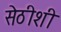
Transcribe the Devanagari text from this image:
सेठीशी